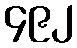
၄၉၂